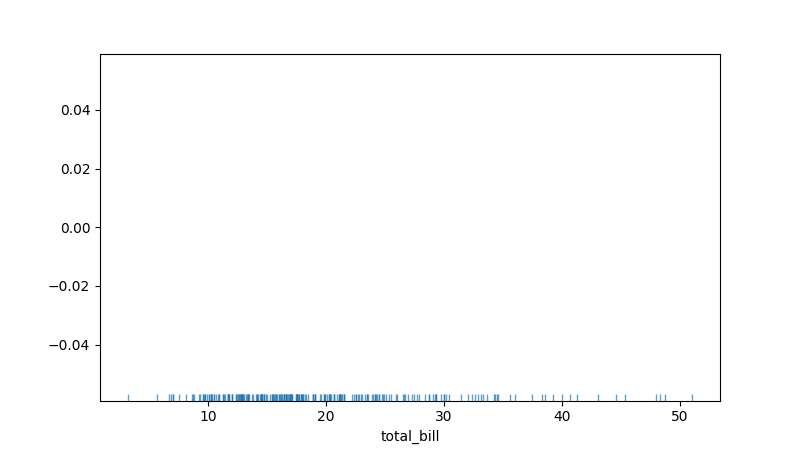
python, seaborn, rugplot, height=0.02, axis='x', alpha=0.7